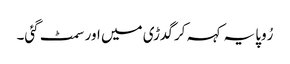
رُوپا یہ کہہ کر گدڑی میں اور سمٹ گئی۔